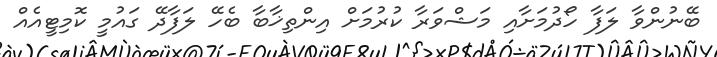
ބޭނުންވާ ލަފާ ހޯދުމަށާއި މަޝްވަރާ ކުރުމަށް އިންތިޚާބާ ބެހޭ ލަފާދޭ ގައުމީ ކޮމިޓީއެއް